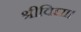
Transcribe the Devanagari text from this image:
श्रीविद्या।